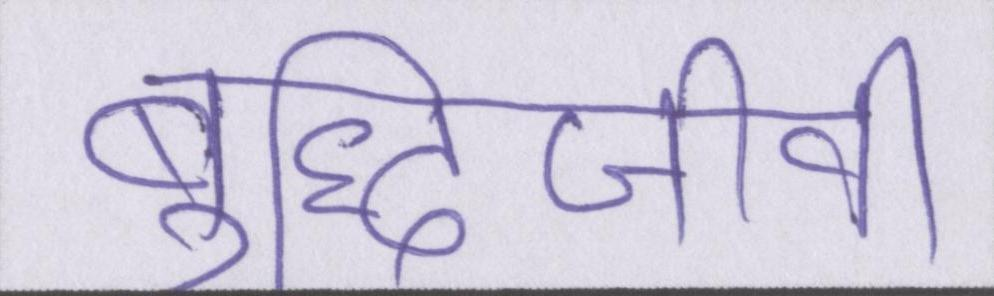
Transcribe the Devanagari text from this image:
बुद्धिजीवी